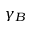
\gamma _ { B }